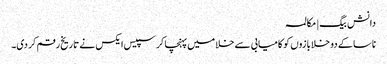
دانش بیگ | مکالمہ
ناسا کے دو خلابازوں کو کامیابی سے خلا میں پہنچا کر سپیس ایکس نے تاریخ رقم کر دی۔